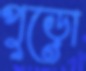
পুড়ো